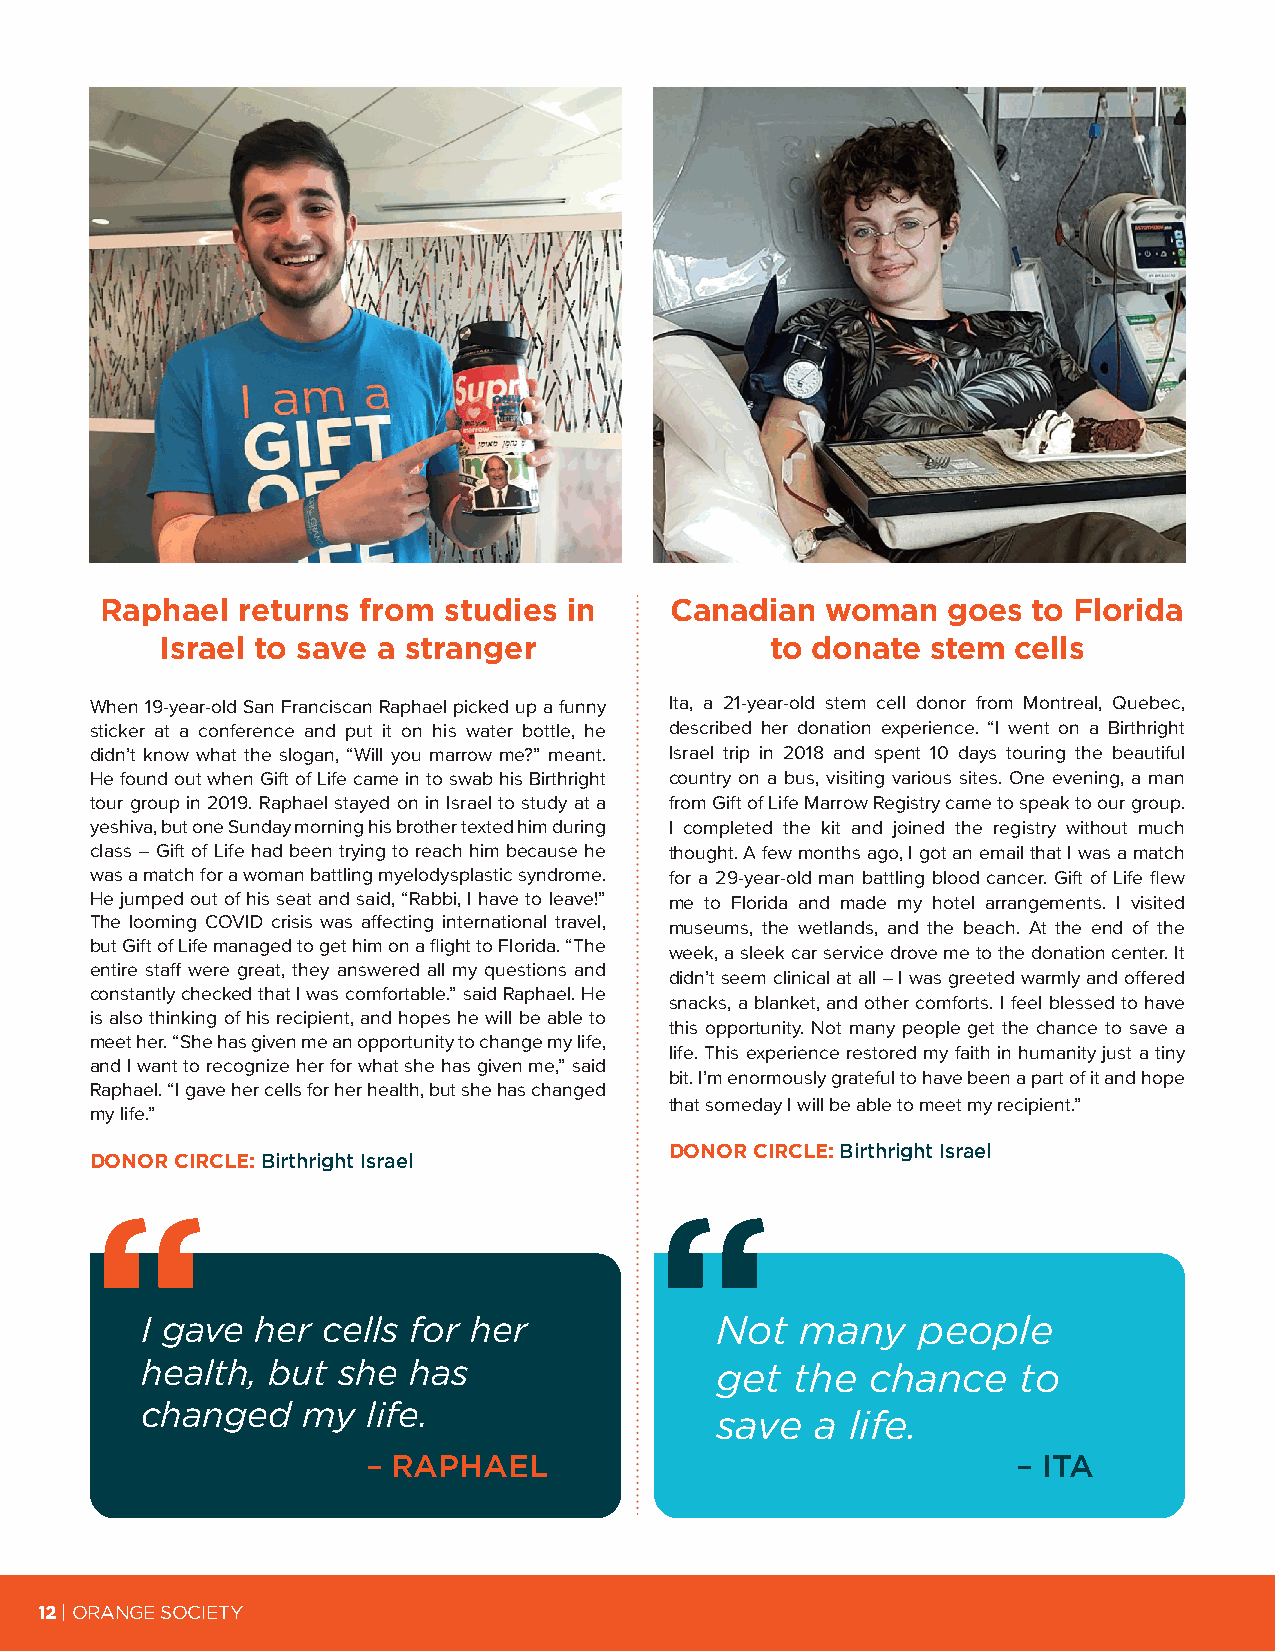
Raphael  returns from studies  in    Canadian   woman   goes to Florida
 Israel to save a stranger               to donate  stem cells
 When 19-year-old San Franciscan Raphael picked up a funny Ita, a 21-year-old stem cell donor from Montreal, Quebec,
 sticker at a conference and put it on his water bottle, he described her donation experience. “I went on a Birthright
 didn’t know what the slogan, “Will you marrow me?” meant. Israel trip in 2018 and spent 10 days touring the beautiful
 He found out when Gift of Life came in to swab his Birthright country on a bus, visiting various sites. One evening, a man
 tour group in 2019. Raphael stayed on in Israel to study at a from Gift of Life Marrow Registry came to speak to our group.
 yeshiva, but one Sunday morning his brother texted him during I completed the kit and joined the registry without much
 class – Gift of Life had been trying to reach him because he thought. A few months ago, I got an email that I was a match
 was a match for a woman battling myelodysplastic syndrome. for a 29-year-old man battling blood cancer. Gift of Life flew
 He jumped out of his seat and said, “Rabbi, I have to leave!” me to Florida and made my hotel arrangements. I visited
 The looming COVID crisis was affecting international travel, museums, the wetlands, and the beach. At the end of the
 but Gift of Life managed to get him on a flight to Florida. “The week, a sleek car service drove me to the donation center. It
 entire staff were great, they answered all my questions and
 didn’t seem clinical at all – I was greeted warmly and offered
 constantly checked that I was comfortable.” said Raphael. He
 snacks, a blanket, and other comforts. I feel blessed to have
 is also thinking of his recipient, and hopes he will be able to
 this opportunity. Not many people get the chance to save a
 meet her. “She has given me an opportunity to change my life,
 life. This experience restored my faith in humanity just a tiny
 and I want to recognize her for what she has given me,” said
 bit. I’m enormously grateful to have been a part of it and hope
 Raphael. “I gave her cells for her health, but she has changed
 that someday I will be able to meet my recipient.”
 my life.”
 DONOR CIRCLE: Birthright Israel
 DONOR CIRCLE: Birthright Israel
 I gave  her cells for her             Not   many    people
 health,  but she  has                 get   the  chance   to
 changed    my  life.
 save   a life.
 – RAPHAEL                                  – ITA
 12 | ORANGE SOCIETY